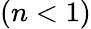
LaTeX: (n<1)